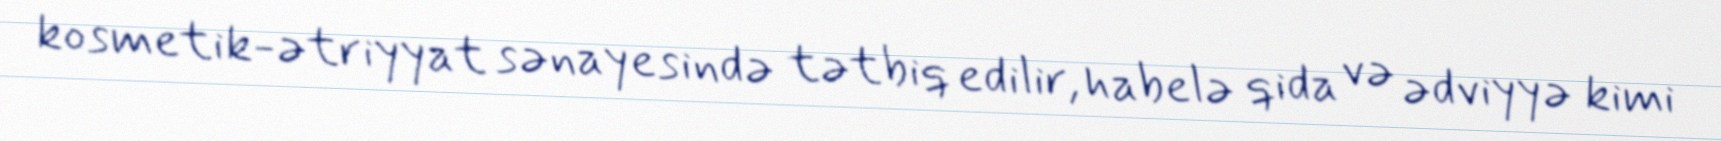
kosmetik-ətriyyat sənayesində tətbiq edilir, habelə qida və ədviyyə kimi